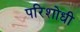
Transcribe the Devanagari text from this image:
परिशोधी